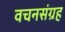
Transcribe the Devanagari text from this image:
वचनसंग्रह